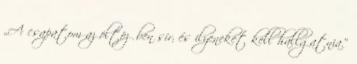
„A csapatom az öltözőben sír, és ilyeneket kell hallgatnia.”